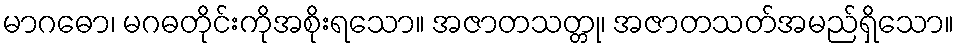
မာဂဓော၊ မဂဓတိုင်းကိုအစိုးရသော။ အဇာတသတ္တု၊ အဇာတသတ်အမည်ရှိသော။